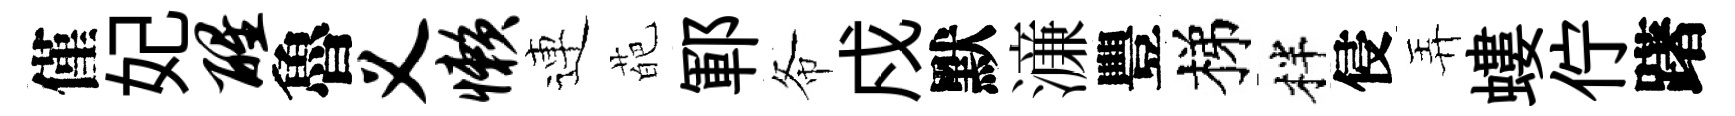
僅妃醒魯义懒連葩鄆𢁙戍默濓豐梯柈侵弄螻佇躇